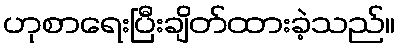
ဟုစာရေးပြီးချိတ်ထားခဲ့သည်။